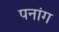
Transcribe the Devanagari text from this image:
पनांग